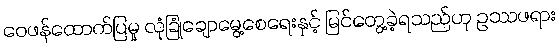
ဝေဖန်ထောက်ပြမှု လုံခြုံချောမွေ့စေရေးနှင့် မြင်တွေ့ခဲ့ရသည်ဟု ဥဿဖရား